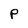
Character: P